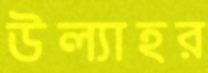
উল্যাহর